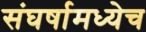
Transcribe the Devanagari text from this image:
संघर्षामध्येच